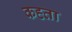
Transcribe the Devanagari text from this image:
कह्ता